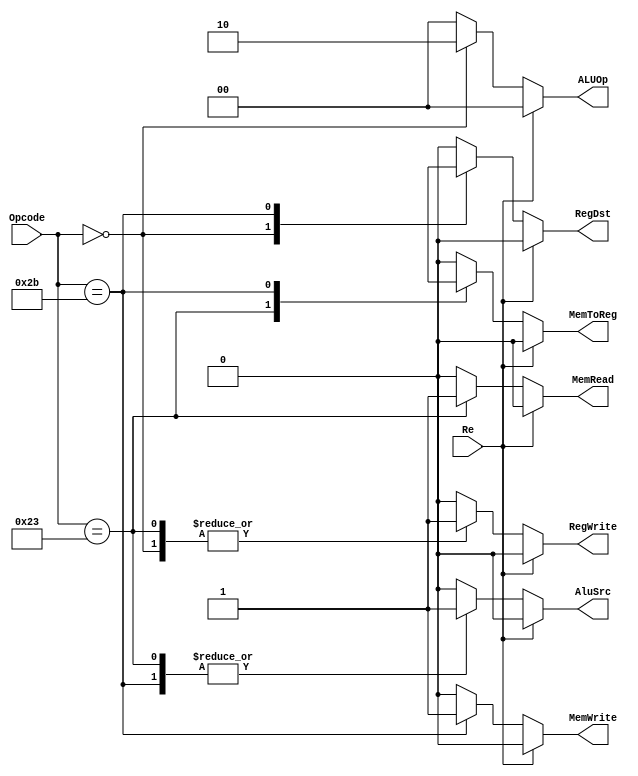
module ControlUnit(ALUOp ,RegDst, MemRead, MemWrite, MemToReg, AluSrc, RegWrite, Opcode, Re);
  input Re;
  input [5:0] Opcode;
  output reg [1:0] ALUOp;
  output reg RegDst, MemRead, MemWrite, MemToReg, AluSrc, RegWrite;
  
  always @(*)
  begin
    if(Re == 1)
      begin
        RegDst = 0;
        MemRead = 0;
        MemWrite = 0;
        MemToReg = 0;
        AluSrc = 0;
        RegWrite = 0;
        ALUOp = 0;
      end
    else
      begin
        case(Opcode)
          6'b000000: 
          begin
            RegDst = 1;
            MemRead = 0;
            MemWrite = 0;
            MemToReg = 0;
            AluSrc = 0;
            RegWrite = 1;
            ALUOp = 2'b10;
          end
          6'b100011:
          begin
            RegDst = 0;
            MemRead = 1;
            MemWrite = 0;
            MemToReg = 1;
            AluSrc = 1;
            RegWrite = 1;
            ALUOp = 2'b00;
          end
          6'b101011:
          begin
            RegDst = 1'bx;
            MemRead = 0;
            MemWrite = 1;
            MemToReg = 1'bx;
            AluSrc = 1;
            RegWrite = 0;
            ALUOp = 2'b00;
          end
          default
          begin
            RegDst = 0;
            MemRead = 0;
            MemWrite = 0;
            MemToReg = 0;
            AluSrc = 0;
            RegWrite = 0;
            ALUOp = 0; 
          end
        endcase
      end
    end
  endmodule